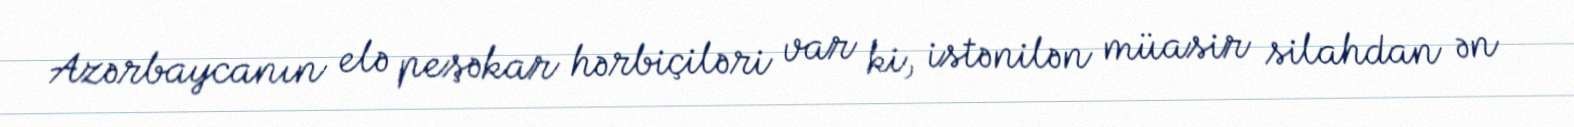
Azərbaycanın elə peşəkar hərbiçiləri var ki, istənilən müasir silahdan ən